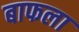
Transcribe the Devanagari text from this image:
बाफला